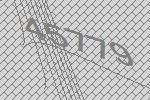
45779